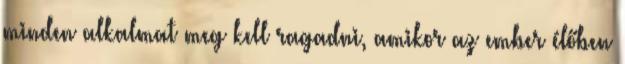
minden alkalmat meg kell ragadni, amikor az ember élőben